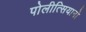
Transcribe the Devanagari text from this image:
पोलीत्सियानो